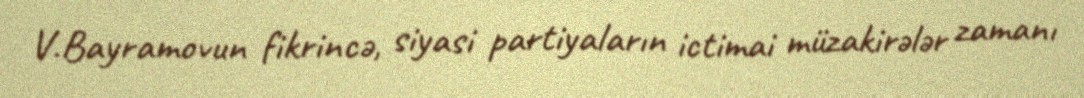
V.Bayramovun fikrincə, siyasi partiyaların ictimai müzakirələr zamanı